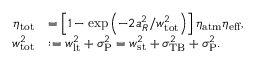
\begin{array} { r l } { \eta _ { \mathrm { t o t } } } & { = \left[ 1 - \exp \left( - 2 a _ { R } ^ { 2 } / w _ { \mathrm { t o t } } ^ { 2 } \right) \right] \eta _ { \mathrm { a t m } } \eta _ { \mathrm { e f f } } , } \\ { w _ { \mathrm { t o t } } ^ { 2 } } & { : = w _ { \mathrm { l t } } ^ { 2 } + \sigma _ { \mathrm { P } } ^ { 2 } = w _ { \mathrm { s t } } ^ { 2 } + \sigma _ { \mathrm { T B } } ^ { 2 } + \sigma _ { \mathrm { P } } ^ { 2 } . } \end{array}